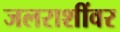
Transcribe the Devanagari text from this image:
जलराशींवर